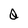
Character: Q